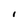
Character: I